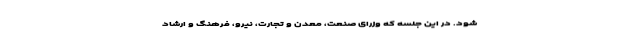
شود. در این جلسه که وزرای صنعت، معدن و تجارت، نیرو، فرهنگ و ارشاد